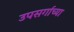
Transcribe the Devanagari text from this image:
उपसर्गाच्या